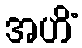
အဟိံ